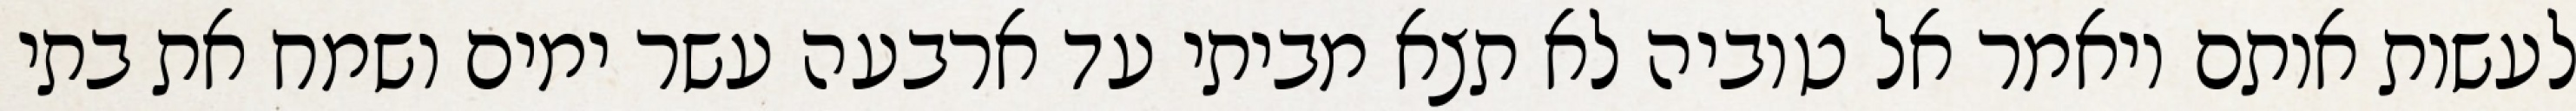
לעשות אותם ויאמר אל טוביה לא תצא מביתי עד ארבעה עשר ימים ושמח את בתי